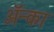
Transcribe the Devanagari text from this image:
अॅन्का